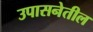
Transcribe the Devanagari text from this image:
उपासनेतील